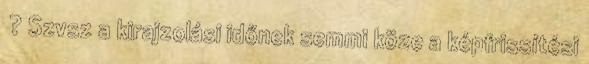
? Szvsz a kirajzolási időnek semmi köze a képfrissítési